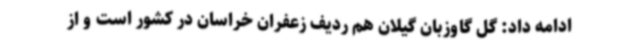
ادامه داد: گل گاوزبان گیلان هم ردیف زعفران خراسان در کشور است و از